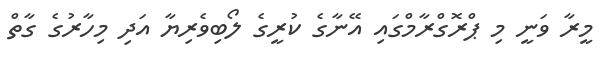
މީރާ ވަނީ މި ޕްރޮގްރާމްގައި އޭނާގެ ކުރީގެ ލޯބިވެރިޔާ އަދި މިހާރުގެ ގާތް